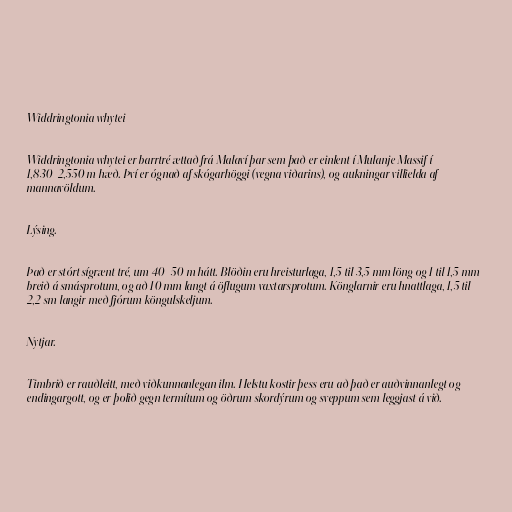
Widdringtonia whytei

Widdringtonia whytei er barrtré ættað frá Malaví þar sem það er einlent í Mulanje Massif í
1,830-2,550 m hæð. Því er ógnað af skógarhöggi (vegna viðarins), og aukningar villielda af
mannavöldum.

Lýsing.

Það er stórt sígrænt tré, um 40–50 m hátt. Blöðin eru hreisturlaga, 1,5 til 3,5 mm löng og 1 til 1,5 mm
breið á smásprotum, og að 10 mm langt á öflugum vaxtarsprotum. Könglarnir eru hnattlaga, 1,5 til
2,2 sm langir með fjórum köngulskeljum.

Nytjar.

Timbrið er rauðleitt, með viðkunnanlegan ilm. Helstu kostir þess eru að það er auðvinnanlegt og
endingargott, og er þolið gegn termítum og öðrum skordýrum og sveppum sem leggjast á við.